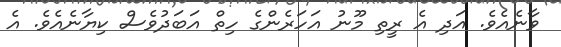
ވާނެއެވެ. އަދި އެ ރީތި މޫނު އަހަރެންގެ ހިތް އަބަދުވެސް ކިޔާނެއެވެ. އެ